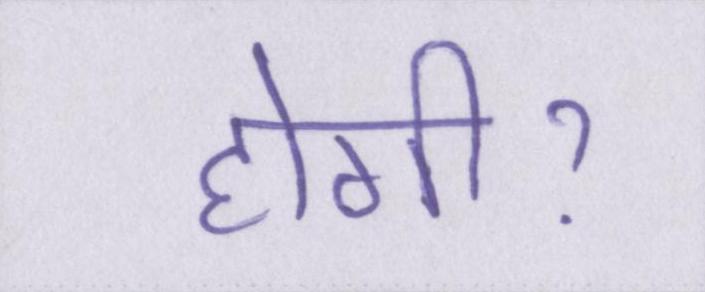
होगीॽ